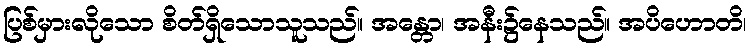
ပြစ်မှားလိုသော စိတ်ရှိသောသူသည်။ အန္တော၊ အနီး၌နေသည်။ အပိဟောတိ၊